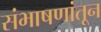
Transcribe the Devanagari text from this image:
संभाषणांतून